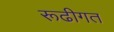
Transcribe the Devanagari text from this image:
रूढीगत